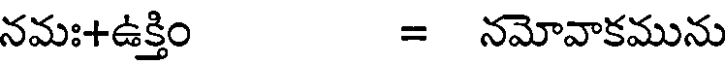
నమః+ఉక్తిం = నమోవాకమును